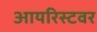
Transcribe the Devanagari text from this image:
आयरिस्टवर